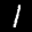
Label: 1